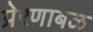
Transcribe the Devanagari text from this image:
प्रेरणाबळ